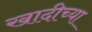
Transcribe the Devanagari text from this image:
खादीच्या